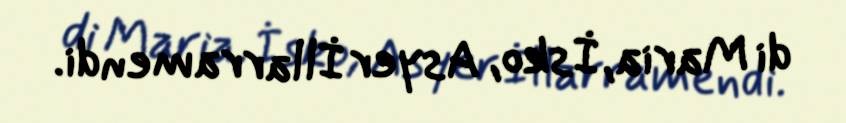
di Maria, İsko, Asyer İllarramendi.